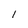
Character: 1